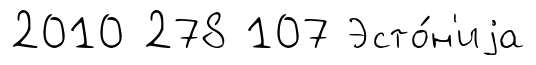
2010 278 107 Эсто́н'иjа